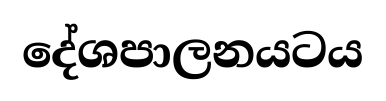
දේශපාලනයටය